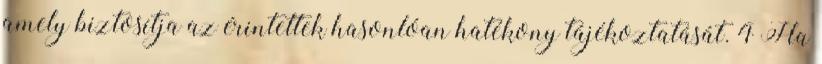
amely biztosítja az érintettek hasonlóan hatékony tájékoztatását. 4 Ha